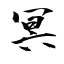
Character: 冥